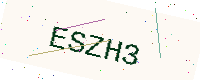
Text: ESZH3